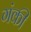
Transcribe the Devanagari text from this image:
गंकी